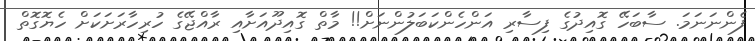
ފެންނަނަމަ. ސާބަހޭ ގޮއިދުގެ ފިސާރި އަންހެންކަބަލުންނަށް!! މާތް ގޮއިދޫއަށާއި ރާއްޖޭގެ ހުރިހާރަށަކަށް ހެޔޮގޮތް